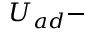
U _ { a d } -